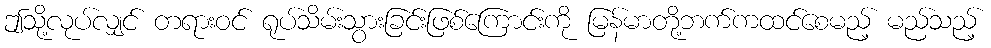
ဤသို့လုပ်လျှင် တရားဝင် ရုပ်သိမ်းသွားခြင်းဖြစ်ကြောင်းကို မြန်မာတို့ဘက်ကထင်စေမည့် မည်သည့်